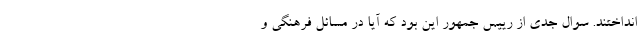
انداختند. سوال جدی از رییس جمهور این بود که آیا در مسائل فرهنگی و